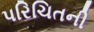
પરિચિતની